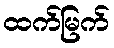
ထက်မြက်